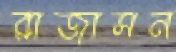
রাজাসন